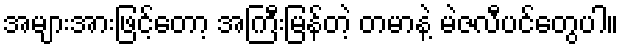
အများအားဖြင့်တော့ အကြီးမြန်တဲ့ တမာနဲ့ မဲဇလီပင်တွေပါ။